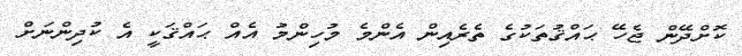
ކޮށްދޭން ޖެހޭ ޙައްޤުތަކުގެ ތެރެއިން އެންމެ މުހިންމު އެއް ޙައްޤަކީ އެ ކުދިންނަށް